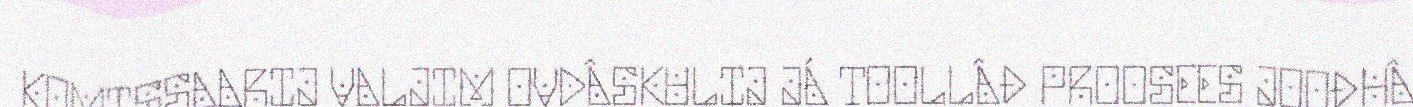
KOMISSAARIJ VALJIM OVDÂSKULIJ JÁ TOOLLÂĐ PROOSEES JOOĐHÂ